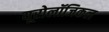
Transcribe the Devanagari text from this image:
यूरोलॉजिकल